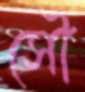
সৌ